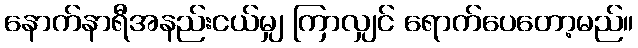
နောက်နာရီအနည်းငယ်မျှ ကြာလျှင် ရောက်ပေတော့မည်။